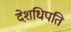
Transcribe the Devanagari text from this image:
देशधिपति